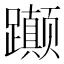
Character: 𬧚